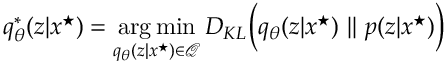
q _ { \theta } ^ { * } ( z | x ^ { \star } ) = \operatorname * { \arg \operatorname* { m i n } } _ { q _ { \theta } ( z | x ^ { \star } ) \in \mathcal { Q } } D _ { K L } \Big ( q _ { \theta } ( z | x ^ { \star } ) \ | | \ p ( z | x ^ { \star } ) \Big )